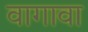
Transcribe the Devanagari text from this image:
वागावा